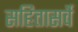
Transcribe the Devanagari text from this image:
सहितासर्वे